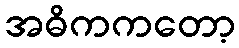
အဓိကကတော့